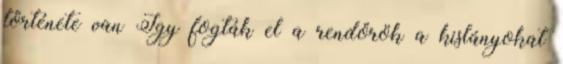
története van Így fogták el a rendőrök a kislányokat